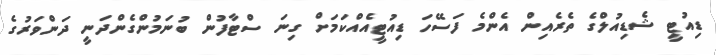
ޑިއުޓީ ޝެޑިއުލްގެ ތެރެއިން އެންމެ ފަސޭހަ ޑިއުޓީއެއްކަމަށް ގިނަ ސްޓާފުން ބުނަމުންގެންދަނީ ދަންވަރުގެ